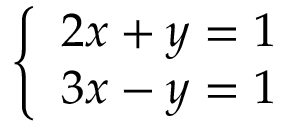
\textstyle { \left\{ \begin{array} { l l } { 2 x + y = 1 } \\ { 3 x - y = 1 } \end{array} \right. }